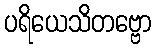
ပရိယေသိတဗ္ဗော